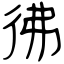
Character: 彿